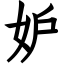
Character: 妒